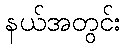
နယ်အတွင်း